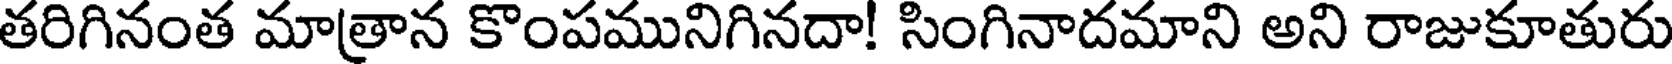
తరిగినంత మాత్రాన కొంపమునిగినదా! సింగినాదమాని అని రాజుకూతురు